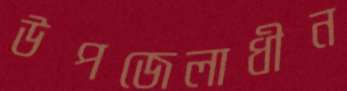
উপজেলাধীন